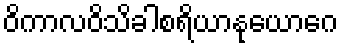
ဝိကာလဝိသိခါစရိယာနုယောဂေ